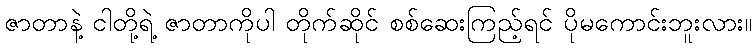
ဇာတာနဲ့ ငါတို့ရဲ့ ဇာတာကိုပါ တိုက်ဆိုင် စစ်ဆေးကြည့်ရင် ပိုမကောင်းဘူးလား။